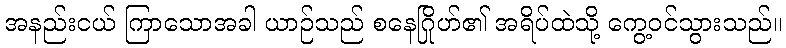
အနည်းငယ် ကြာသောအခါ ယာဉ်သည် စနေဂြိုဟ်၏ အရိပ်ထဲသို့ ကွေ့ဝင်သွားသည်။